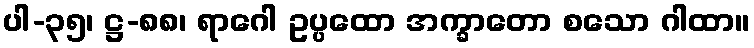
ပါ-၃၅၊ ဋ္ဌ-၈၈၊ ရာဂေါ ဥပ္ပထော အက္ခာတော စသော ဂါထာ။